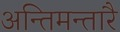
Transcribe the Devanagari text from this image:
अन्तिमन्तारै